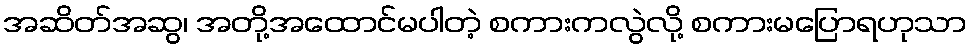
အဆိတ်အဆွ၊ အတို့အထောင်မပါတဲ့ စကားကလွဲလို့ စကားမပြောရဟုသာ